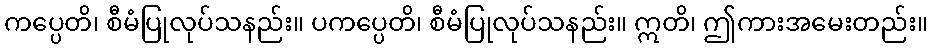
ကပ္ပေတိ၊ စီမံပြုလုပ်သနည်း။ ပကပ္ပေတိ၊ စီမံပြုလုပ်သနည်း။ ဣတိ၊ ဤကားအမေးတည်း။